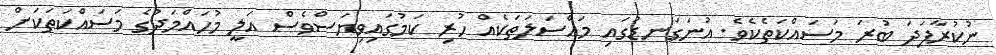
ނުކުރާފަދަ ބުރަ މަސައްކަތެކެވެ. އުނަގަނޑުގައި މައްސަލަތަކެއް ހުރި ކަމުގައިވިޔަސްވެސް އަލީ މުހައްމަދުގެ މަސައްކަތަކަށް